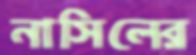
নাসিলের